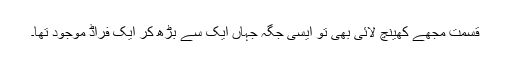
قسمت مجھے کھینچ لائی بھی تو ایسی جگہ جہاں ایک سے بڑھ کر ایک فراڈ موجود تھا۔